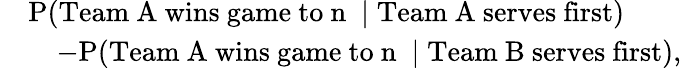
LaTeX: \begin{array}{rl}&{\mathrm{P}(\mathrm{\textnormal{Team~A~wins~game~to}~n~}\mid\mathrm{\textnormal{Team~A~serves~first}})}\\ &{\quad-\mathrm{P}(\mathrm{\textnormal{Team~A~wins~game~to}~n~}\mid\mathrm{\textnormal{Team~B~serves~first}}),}\end{array}